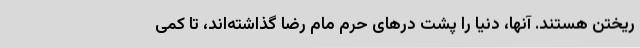
ریختن هستند. آنها، دنیا را پشت درهای حرم مام رضا گذاشته‌اند، تا کمی